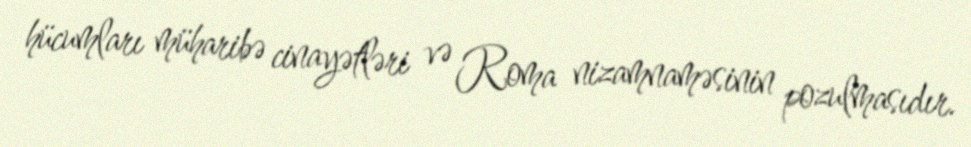
hücumları müharibə cinayətləri və Roma nizamnaməsinin pozulmasıdır.